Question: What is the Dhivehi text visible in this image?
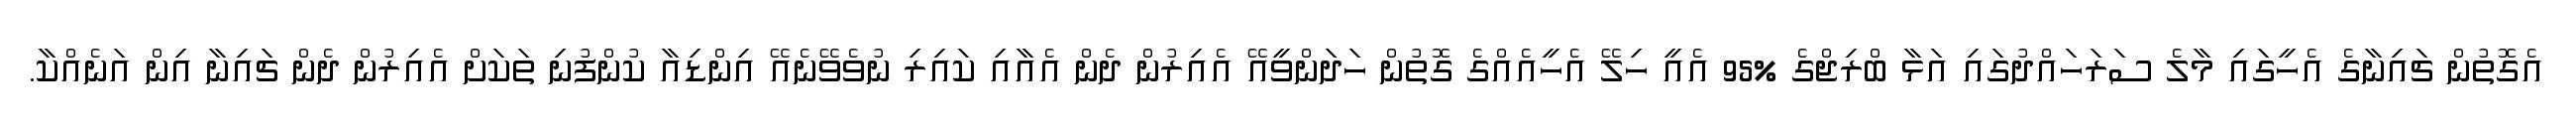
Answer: އެގޮތުން ޗައިނާގެ އެހީގައި މާލެ ސަރަހައްދުގައި އަޅާ ބްރިޖްގެ %95 އެއީ ހިލޭ އެހީއެއްގެ ގޮތުން ހަދަންވީއޭ އެއިރުން ދެން އެއާއި ކައިރި ނުވެވޭނެއޭ އިންޑިއާ ކުންފުނި ތަކަށް އެއިރުން ދެން ޗައިނާ އިން އަނެއްކާ.